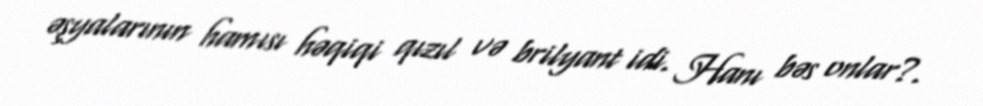
əşyalarının hamısı həqiqi qızıl və brilyant idi. Hanı bəs onlar?.